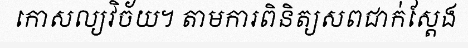
កោសល្យវិច័យ។ តាមការពិនិត្យសពជាក់ស្តែង